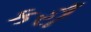
કરૌ